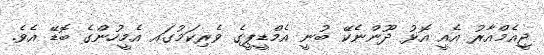
ޖީއެމްއާރު އެއީ އޮޅު ދޫންނެކޭ ބުނީ އެމްޑީޕީގެ ވެރިކަމުގައ އެމީހުންގެ ބޮޑޭ އެވެ.